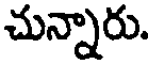
చున్నారు.